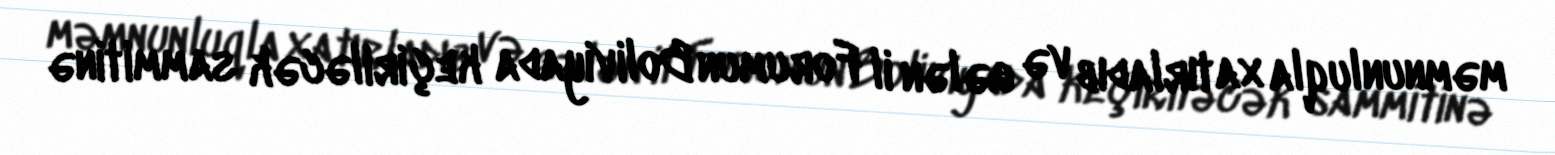
məmnunluqla xatırladıb və gələn il Forumun Boliviyada keçiriləcək sammitinə